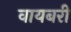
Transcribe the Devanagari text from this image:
वायबरी